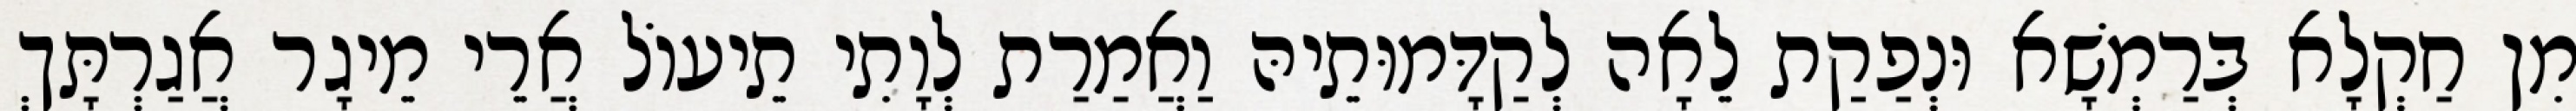
מִן חַקְלָא בְּרַמְשָׁא וּנְפַקַת לֵאָה לְקַדָּמוּתֵיהּ וַאֲמַרַת לְוָתִי תֵיעוֹל אֲרֵי מֵיגָר אֲגַרְתָּךְ